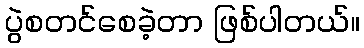
ပွဲစတင်စေခဲ့တာ ဖြစ်ပါတယ်။